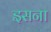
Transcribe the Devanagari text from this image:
इसना